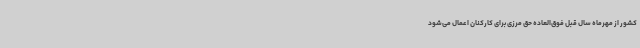
کشور از مهرماه سال قبل فوق‌العاده حق مرزی برای کارکنان اعمال می‌شود